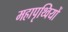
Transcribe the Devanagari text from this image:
महापृथ्वियों